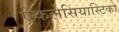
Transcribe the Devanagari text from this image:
ऐकलेसियास्टिका